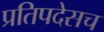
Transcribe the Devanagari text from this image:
प्रतिपदेसच